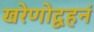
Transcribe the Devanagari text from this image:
खरेणोद्वहनं